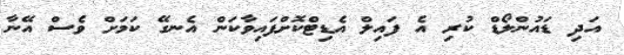
އަދި ޑައުންލޯޑް ކުރި އެ ފައިލް އެޑިޓްކޮށްފައިވާކަން އެނގޭ ކަމަށް ވެސް އޭނާ